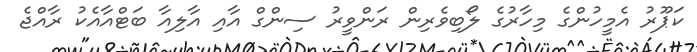
ކަޕޫރު އެމީހުންގެ މިހާރުގެ ލޯބިވެރިން ރަންވީރު ސިންގް އާއި އާލިއާ ބަޓްއާއެކު ރާއްޖެ